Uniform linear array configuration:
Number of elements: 12
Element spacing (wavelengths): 0.25
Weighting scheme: binomial
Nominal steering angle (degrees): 15
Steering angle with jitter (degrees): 15.414
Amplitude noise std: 0.05
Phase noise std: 0.05

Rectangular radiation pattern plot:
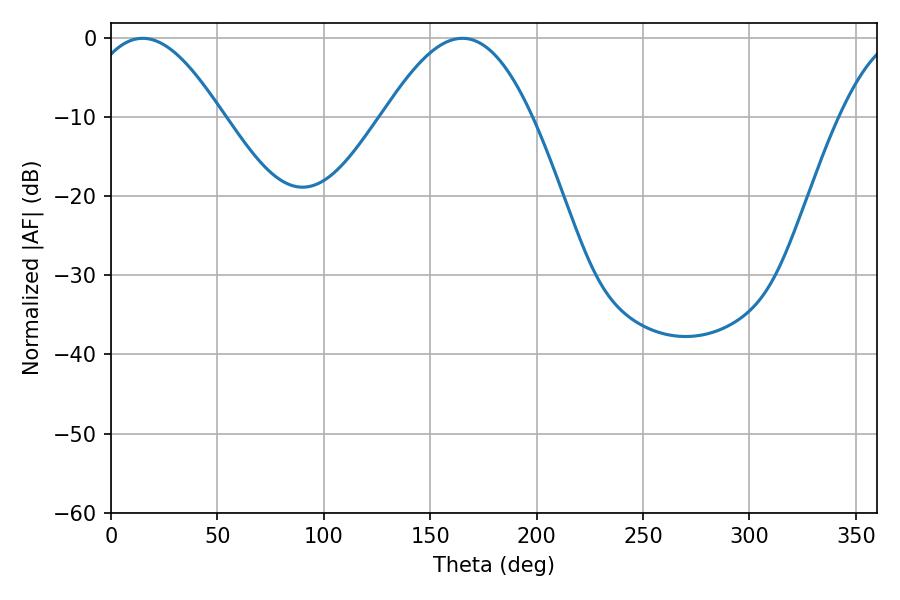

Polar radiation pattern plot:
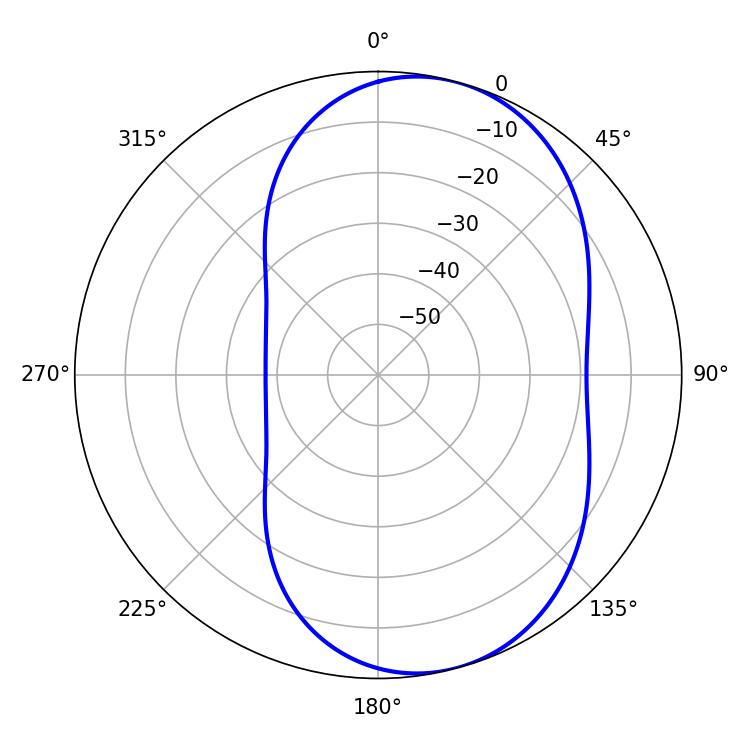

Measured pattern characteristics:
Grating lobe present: FALSE
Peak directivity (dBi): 6.904
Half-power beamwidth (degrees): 34.56
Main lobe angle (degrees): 14.94